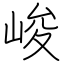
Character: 峻